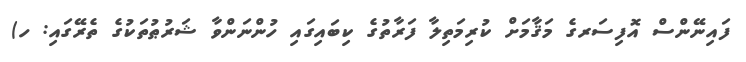
ފައިނޭންސް އޮފިސަރގެ މަޤާމަށް ކުރިމަތިލާ ފަރާތުގެ ކިބައިގައި ހުންނަންވާ ޝަރުޠުތަކުގެ ތެރޭގައި: ހ)